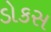
ડોકસ